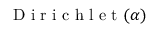
\mathrm { ~ D ~ i ~ r ~ i ~ c ~ h ~ l ~ e ~ t ~ } ( \boldsymbol \alpha )